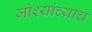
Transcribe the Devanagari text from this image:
जोश्यांच्याच